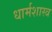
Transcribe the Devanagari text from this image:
धार्मशास्त्र